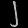
Digit: ၂